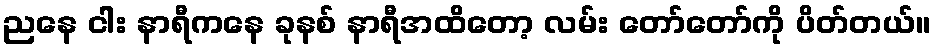
ညနေ ငါး နာရီကနေ ခုနစ် နာရီအထိတော့ လမ်း တော်တော်ကို ပိတ်တယ်။